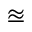
\approxeq